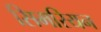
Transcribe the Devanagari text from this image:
सिमरियन